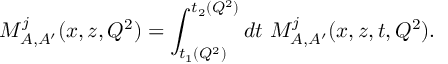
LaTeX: M _ { A , A ^ { \prime } } ^ { j } ( x , z , Q ^ { 2 } ) = \int _ { t _ { 1 } ( Q ^ { 2 } ) } ^ { t _ { 2 } ( Q ^ { 2 } ) } d t ~ { \cal M } _ { A , A ^ { \prime } } ^ { j } ( x , z , t , Q ^ { 2 } ) .